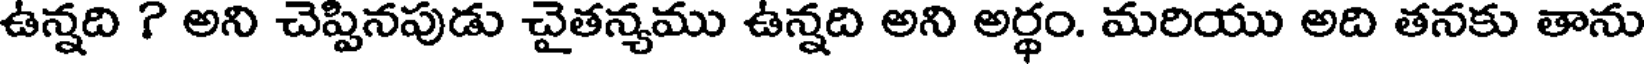
ఉన్నది ? అని చెప్పినపుడు చైతన్యము ఉన్నది అని అర్థం. మరియు అది తనకు తాను